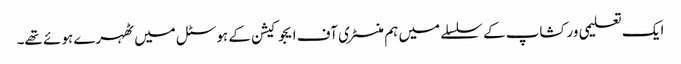
ایک تعلیمی ورکشاپ کے سلسلے میں ہم منسٹری آف ایجوکیشن کے ہوسٹل میں ٹھہرے ہوئے تھے۔